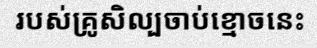
របស់គ្រូសិល្បចាប់ខ្មោចនេះ